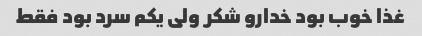
غذا خوب بود خدارو شکر ولی یکم سرد بود فقط